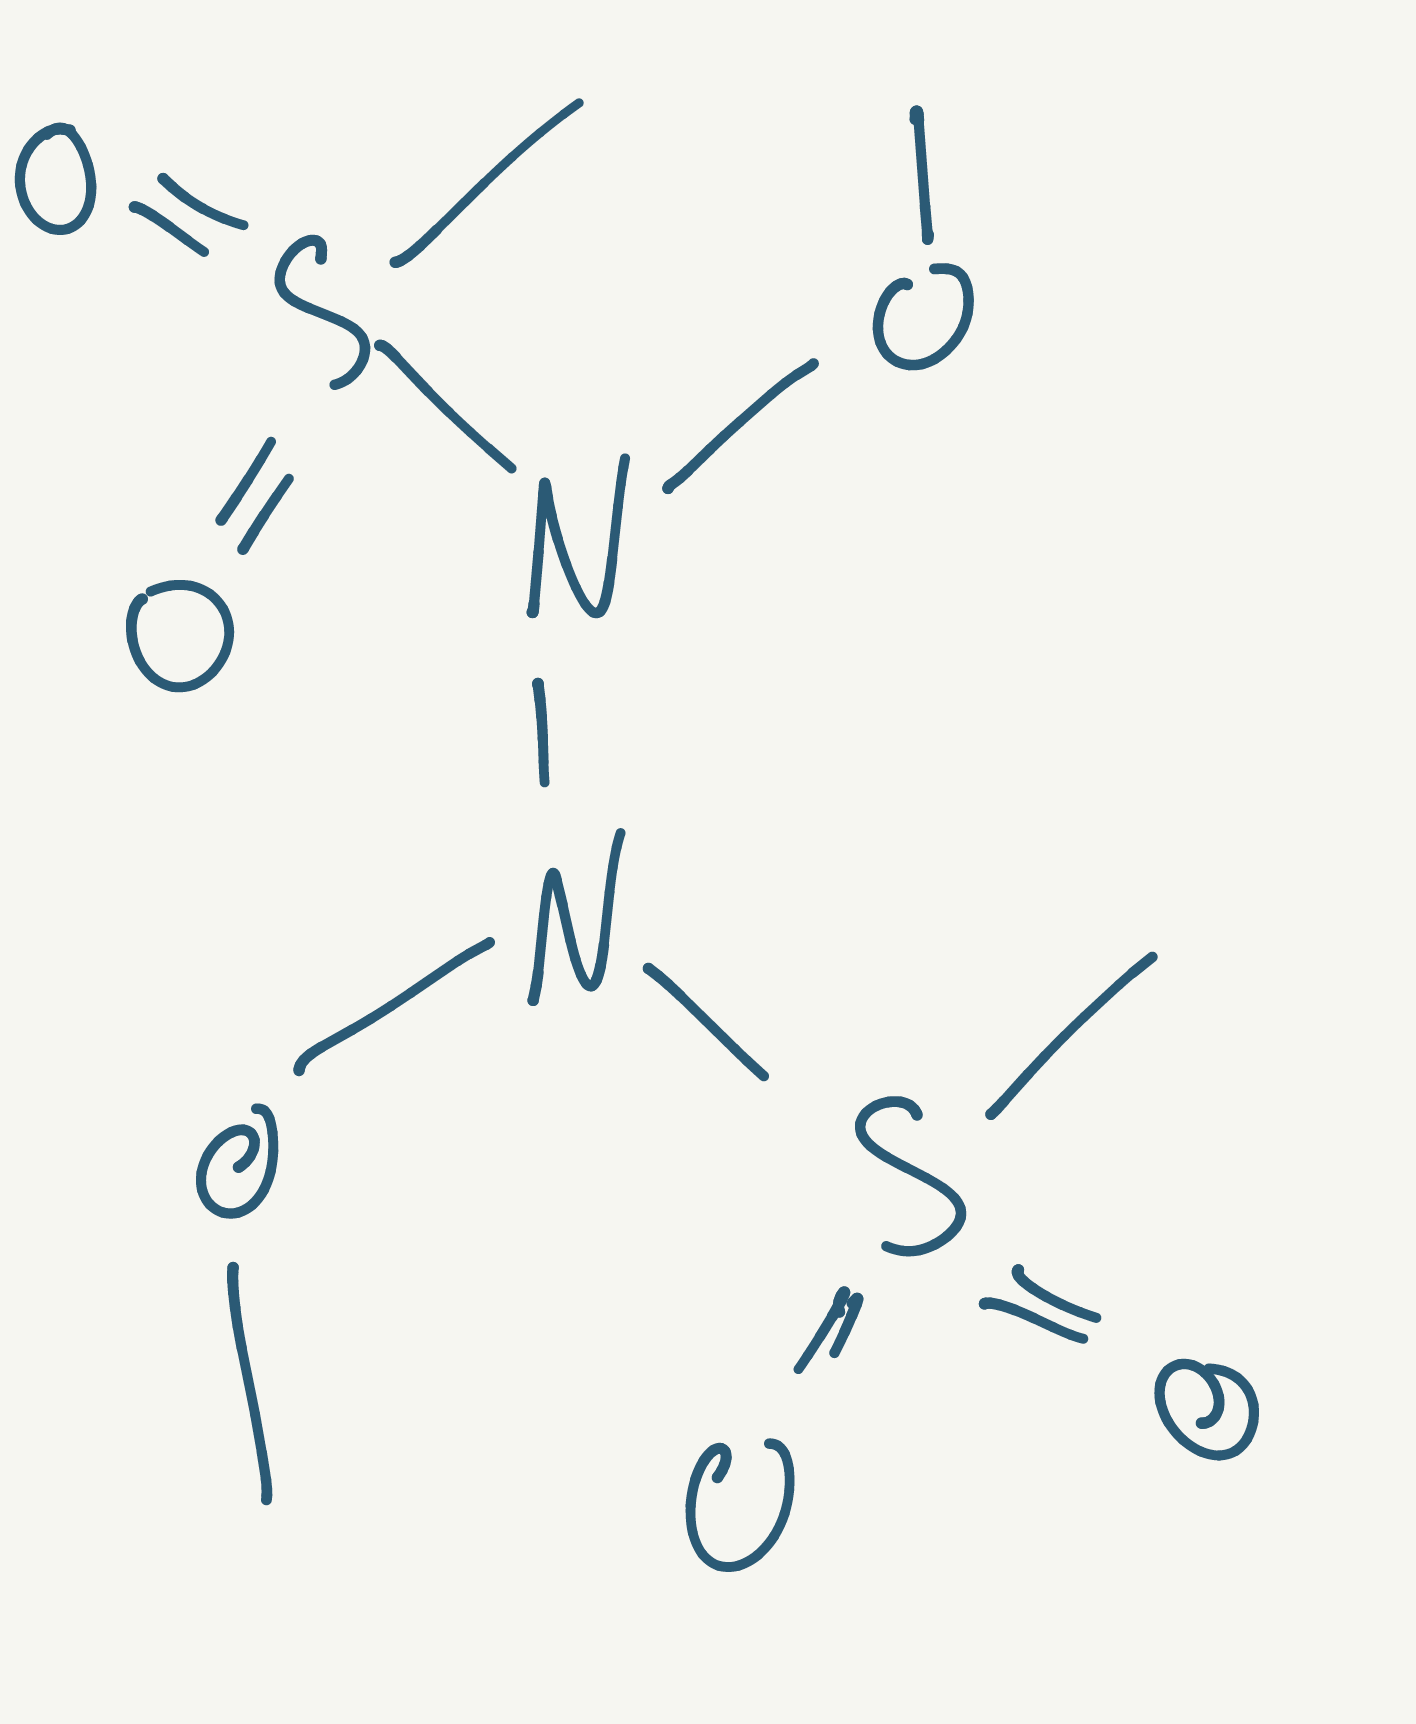
Simplified molecular-input line-entry system (SMILES) notation of the given molecule:
CON(N(OC)S(=O)(=O)C)S(=O)(=O)C